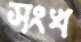
সংখ